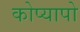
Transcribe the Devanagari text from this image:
कोप्यापो